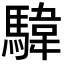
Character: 𩤮